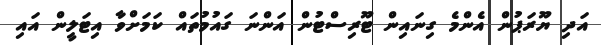
އަދި ޔޫރަޕުން އެންމެ ގިނައިން ޓޫރިސްޓުން އަންނަ ގައުމުތައް ކަމަށްވާ އިޓަލީން އައި